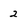
Character: 2